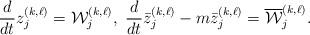
LaTeX: \begin{align*} &\frac{d}{dt} z^{(k,\ell)}_j =\mathcal{W}^{(k,\ell)}_j,\ \frac{d}{dt} \bar{z}^{(k,\ell)}_j-m \bar{z}^{(k,\ell)}_j =\overline{\mathcal{W}}^{(k,\ell)}_j.\end{align*}